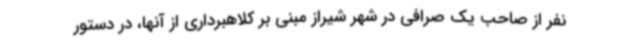
نفر از صاحب یک صرافی در شهر شیراز مبنی بر کلاهبرداری از آنها، در دستور